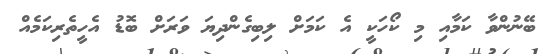
ބޭނުންވާ ކަމާއި މި ކޯހަކީ އެ ކަމަށް ލިބިގެންދިޔަ ވަރަށް ބޮޑު އެހީތެރިކަމެއް